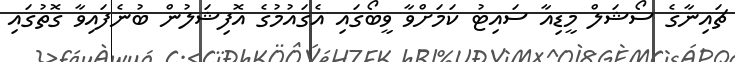
ޗައިނާގެ ސޯޝަލް މީޑިއާ ސައިޓު ކަމަށްވާ ވީބޯގައި އެގައުމުގެ އޮފިޝަލުން ބުނެފައިވާ ގޮތުގައި